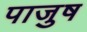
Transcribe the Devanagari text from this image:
पाजुष